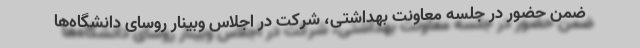
ضمن حضور در جلسه معاونت بهداشتی، شرکت در اجلاس وبینار روسای دانشگاه‌ها